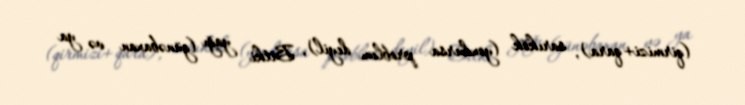
(qirmizi+qara), sarıkök (yoxdursa problem deyil), Bitki yağı (günəbaxan və ya